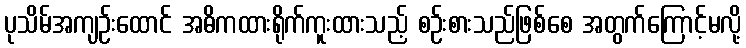
ပုသိမ်အကျဉ်းထောင် အဓိကထားရိုက်ကူးထားသည့် စဉ်းစားသည်ဖြစ်စေ အတွက်ကြောင့်မလို့